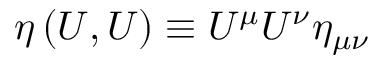
\eta \left( U , U \right) \equiv U ^ { \mu } U ^ { \nu } \eta _ { \mu \nu }